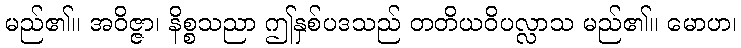
မည်၏။ အဝိဇ္ဇာ၊ နိစ္စသညာ ဤနှစ်ပဒသည် တတိယဝိပလ္လာသ မည်၏။ မောဟ၊